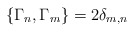
\begin{align*}\{ \Gamma_{n}, \Gamma_{m} \} = 2 \delta_{m,n}\end{align*}